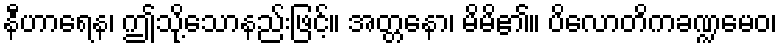
နီဟာရေန၊ ဤသို့သောနည်းဖြင့်။ အတ္တနော၊ မိမိ၏။ ပိလောတိကခဏ္ဍမေဝ၊